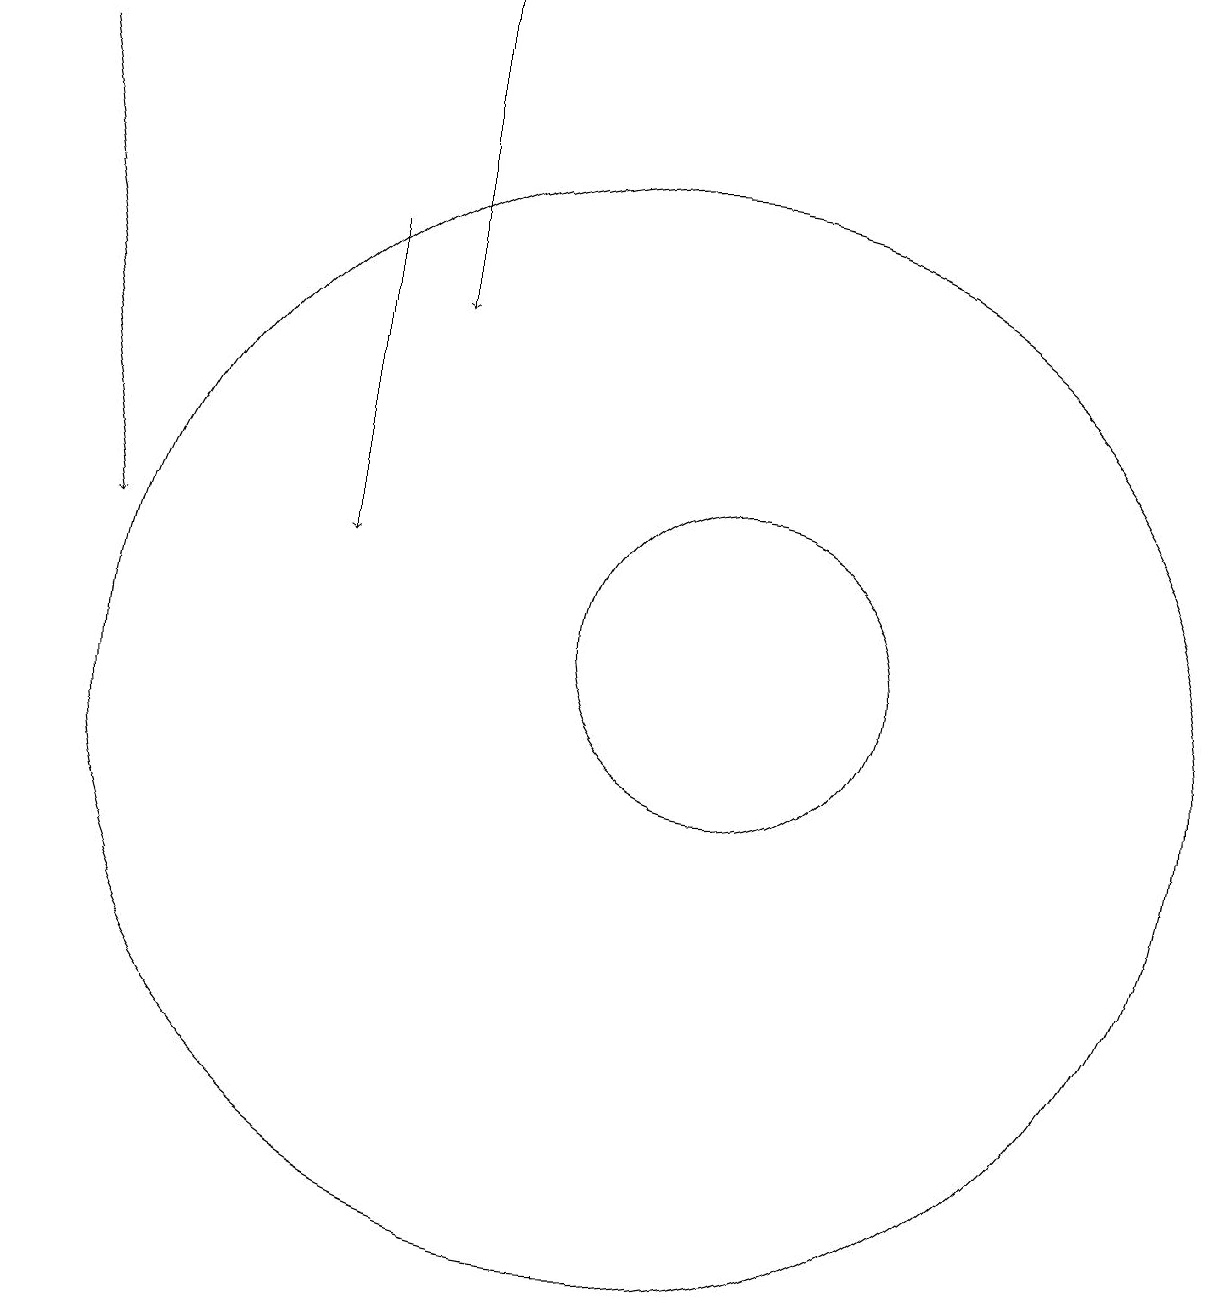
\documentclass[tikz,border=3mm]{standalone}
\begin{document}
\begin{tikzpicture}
\draw[->] (8,19) -- (8,15);
\draw (12,11) circle (2);
\draw[->] (3,18) -- (4,12);
\draw (11,10) circle (7);
\draw[->] (7,16) -- (7,12);
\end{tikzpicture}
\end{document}